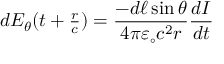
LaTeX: d E _ { \theta } ( t + \textstyle { \frac { r } { c } } ) = \displaystyle { \frac { - d \ell \sin \theta } { 4 \pi \varepsilon _ { \circ } c ^ { 2 } r } } { \frac { d I } { d t } }